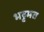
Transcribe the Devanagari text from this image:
भट्टमत